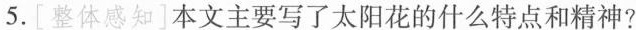
5.[整体感知]本文主要写了太阳花的什么特点和精神?